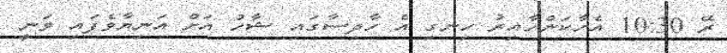
ރޭ 10:30 އެހާކަންހާއިރު ހިނގި އެ ހާދިސާގައި ޝާހު އަށް އަނިޔާވެފައި ވަނީ